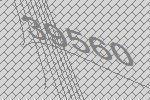
39560